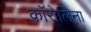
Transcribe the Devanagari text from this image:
काॅरोलिना